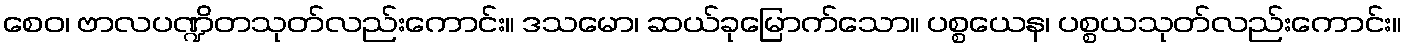
စေဝ၊ ဗာလပဏ္ဍိတသုတ်လည်းကောင်း။ ဒသမော၊ ဆယ်ခုမြောက်သော။ ပစ္စယေန၊ ပစ္စယသုတ်လည်းကောင်း။